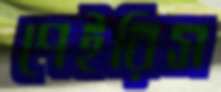
পেইরিস